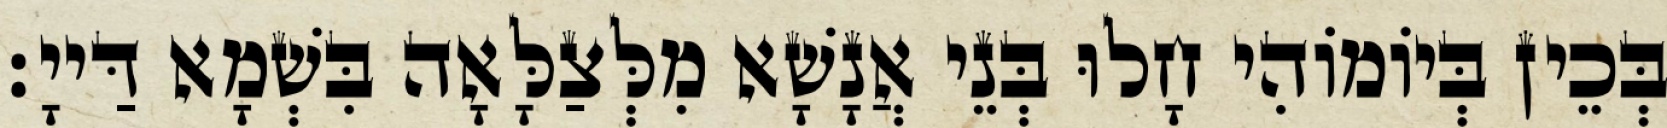
בְּכֵין בְּיוֹמוֹהִי חָלוּ בְּנֵי אֲנָשָׁא מִלְּצַלָּאָה בִּשְׁמָא דַּייָ׃